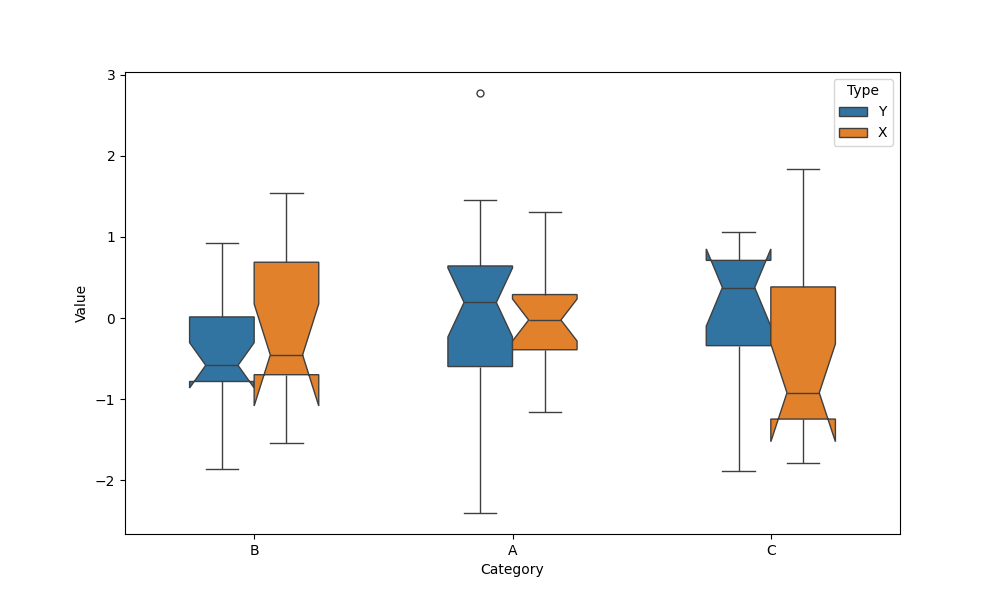
python, seaborn, boxplot, width=0.5, linewidth=1, fliersize=5, notch=True